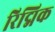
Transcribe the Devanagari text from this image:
रिद्मिक